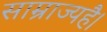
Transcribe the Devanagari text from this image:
साम्राज्यहै।